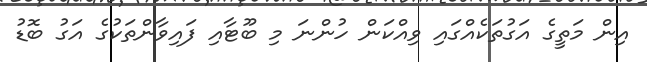
އިން މަތީގެ އަގުތަކެއްގައި ވިއްކަން ހުންނަ މި ބޫޓާއި ފައިވާންތަކުގެ އަގު ބޮޑު